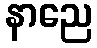
နာညေ